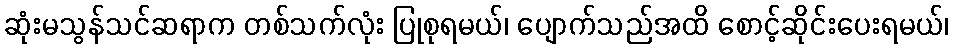
ဆုံးမသွန်သင်ဆရာက တစ်သက်လုံး ပြုစုရမယ်၊ ပျောက်သည်အထိ စောင့်ဆိုင်းပေးရမယ်၊